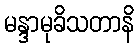
မန္ဒာမုခိသတာနိ